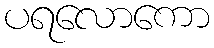
ပရလောကော